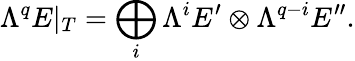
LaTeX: \Lambda^{q}E|_{T}=\bigoplus_{i}\Lambda^{i}E^{\prime}\otimes\Lambda^{q-i}E^{\prime\prime}.